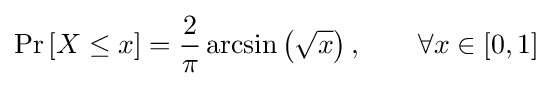
\Pr \left[X\leq x\right]={\frac {2}{\pi }}\arcsin \left({\sqrt {x}}\right),\qquad \forall x\in [0,1]